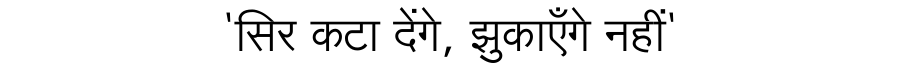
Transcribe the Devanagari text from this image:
'सिर कटा देंगे, झुकाएँगे नहीं'